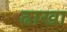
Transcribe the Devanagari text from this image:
ढाखा